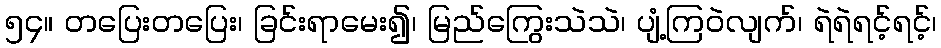
၅၄။ တပြေးတပြေး၊ ခြင်းရာမေး၍၊ မြည်ကြွေးသဲသဲ၊ ပျံ့ကြဝဲလျက်၊ ရဲရဲရင့်ရင့်၊